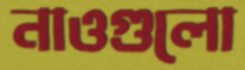
নাওগুলো